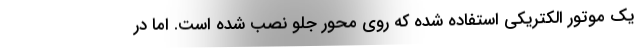
یک موتور الکتریکی استفاده شده که روی محور جلو نصب شده است. اما در